Annual administration and progress report of the Indian Medical Department, Bombay
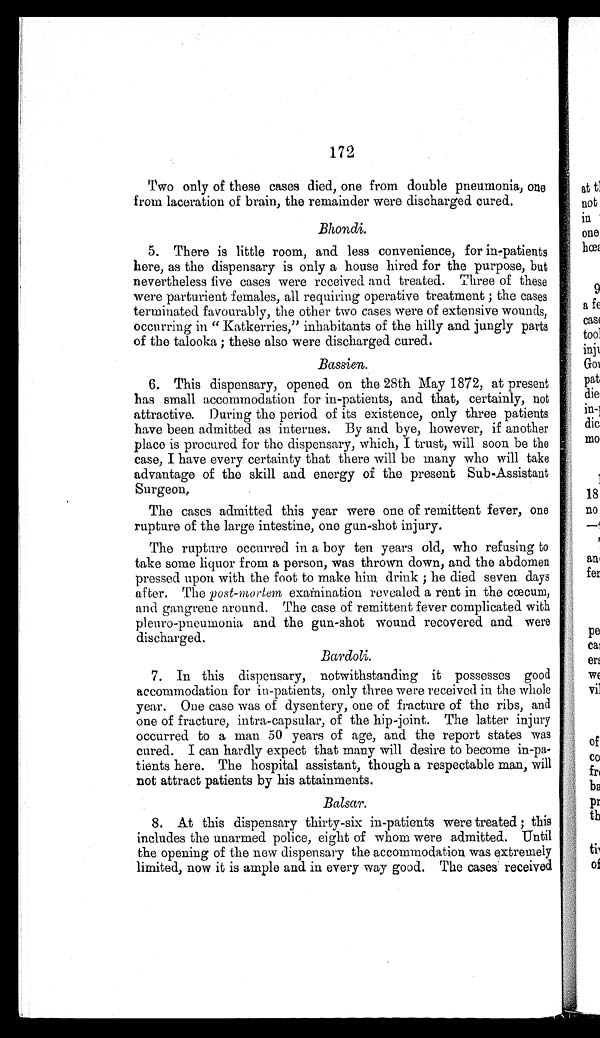
172
Two only of these cases died, one from double pneumonia, one
from laceration of brain, the remainder were discharged cured.
Bhondi.
5. There is little room, and less convenience, for in-patients
here, as the dispensary is only a house hired for the purpose, but
nevertheless five cases were received and treated. Three of these
were parturient females, all requiring operative treatment ; the cases
terminated favourably, the other two cases were of extensive wounds,
occurring in "Katkerries," inhabitants of the hilly and jungly parts
of the talooka; these also were discharged cured.
Bassien.
6. This dispensary, opened on the 28th May 1872, at present
has small accommodation for in-patients, and that, certainly, not
attractive. During the period of its existence, only three patients
have been admitted as internes. By and bye, however, if another
place is procured for the dispensary, which, I trust, will soon be the
case, I have every certainty that there will be many who will take
advantage of the skill and energy of the present Sub-Assistant
Surgeon.
The cases admitted this year were one of remittent fever, one
rupture of the large intestine, one gun-shot injury.
The rupture occurred in a boy ten years old, who refusing to
take some liquor from a person, was thrown down, and the abdomen
pressed upon with the foot to make him drink ; he died seven days
after. The post-mortem examination revealed a rent in the cœcum,
and gangrene around. The case of remittent fever complicated with
pleuro-pneumonia and the gun-shot wound recovered and were
discharged.
Bardoli.
7. In this dispensary, notwithstanding it possesses good
accommodation for in-patients, only three were received in the whole
year. One case was of dysentery, one of fracture of the ribs, and
one of fracture, intra-capsular, of the hip-joint. The latter injury
occurred to a man 50 years of age, and the report states was
cured. I can hardly expect that many will desire to become in-pa
-
tients here. The hospital assistant, though a respectable man, will
not attract patients by his attainments.
Balsar.
8. At this dispensary thirty-six in-patients were treated ; this
includes the unarmed police, eight of whom were admitted. Until
the opening of the new dispensary the accommodation was extremely
limited, now it is ample and in every way good, The cases received